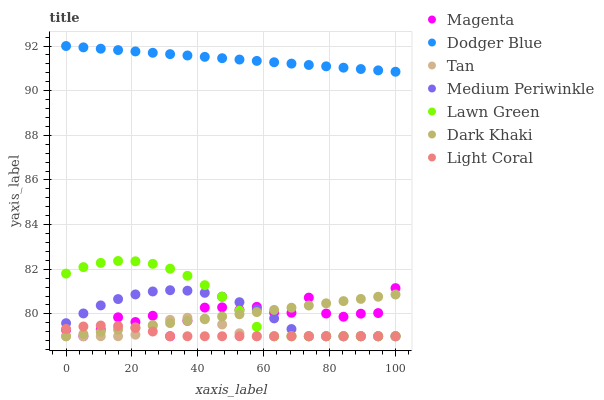
| xaxis_label | Magenta | Dodger Blue | Tan | Medium Periwinkle | Lawn Green | Dark Khaki | Light Coral |
 | --- | --- | --- | --- | --- | --- | --- | --- |
 | 0 | 79.3 | 92 | 79 | 79.6 | 81.8 | 79 | 79.3 |
 | 5.26 | 79 | 91.9 | 79 | 80 | 82.1 | 79.1 | 79.4 |
 | 10.5 | 79.3 | 91.9 | 79 | 80.4 | 82.3 | 79.2 | 79.5 |
 | 15.8 | 79.8 | 91.8 | 79 | 80.7 | 82.4 | 79.3 | 79.5 |
 | 21.1 | 79.6 | 91.8 | 79.1 | 80.9 | 82.4 | 79.4 | 79.4 |
 | 26.3 | 79.9 | 91.7 | 79.5 | 81 | 82.2 | 79.5 | 79.2 |
 | 31.6 | 79 | 91.6 | 79.7 | 81.1 | 82 | 79.6 | 79 |
 | 36.8 | 79.7 | 91.6 | 79.8 | 81 | 81.7 | 79.7 | 79 |
 | 42.1 | 80.3 | 91.5 | 79.8 | 80.9 | 81.3 | 79.8 | 79 |
 | 47.4 | 80.3 | 91.5 | 79.5 | 80.8 | 80.8 | 79.9 | 79 |
 | 52.6 | 80.2 | 91.4 | 79.1 | 80.5 | 80.1 | 80 | 79 |
 | 57.9 | 80.3 | 91.3 | 79 | 80.2 | 79.4 | 80.1 | 79 |
 | 63.2 | 80.1 | 91.3 | 79 | 79.8 | 79 | 80.2 | 79 |
 | 68.4 | 80.1 | 91.2 | 79 | 79.3 | 79 | 80.3 | 79 |
 | 73.7 | 80.7 | 91.2 | 79 | 79 | 79 | 80.4 | 79 |
 | 78.9 | 80 | 91.1 | 79 | 79 | 79 | 80.5 | 79 |
 | 84.2 | 79.9 | 91 | 79 | 79 | 79 | 80.6 | 79 |
 | 89.5 | 80 | 91 | 79 | 79 | 79 | 80.7 | 79 |
 | 94.7 | 80 | 90.9 | 79 | 79 | 79 | 80.8 | 79 |
 | 100 | 81.2 | 90.8 | 79 | 79 | 79 | 80.9 | 79 |